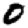
Digit: 0